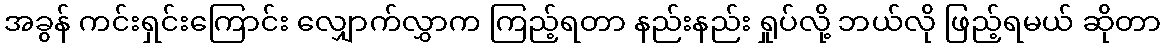
အခွန် ကင်းရှင်းကြောင်း လျှောက်လွှာက ကြည့်ရတာ နည်းနည်း ရှုပ်လို့ ဘယ်လို ဖြည့်ရမယ် ဆိုတာ